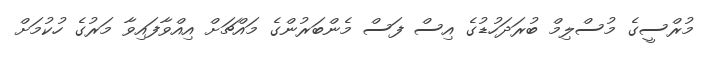
މުރްސީގެ މުސްލިމް ބުރަދަހުޑުގެ އިސް ފަސް މެންބަރުންގެ މައްޗަށް އިއްވާފައިވާ މަރުގެ ހުކުމަށް